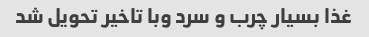
غذا بسیار چرب و سرد وبا تاخیر تحویل شد